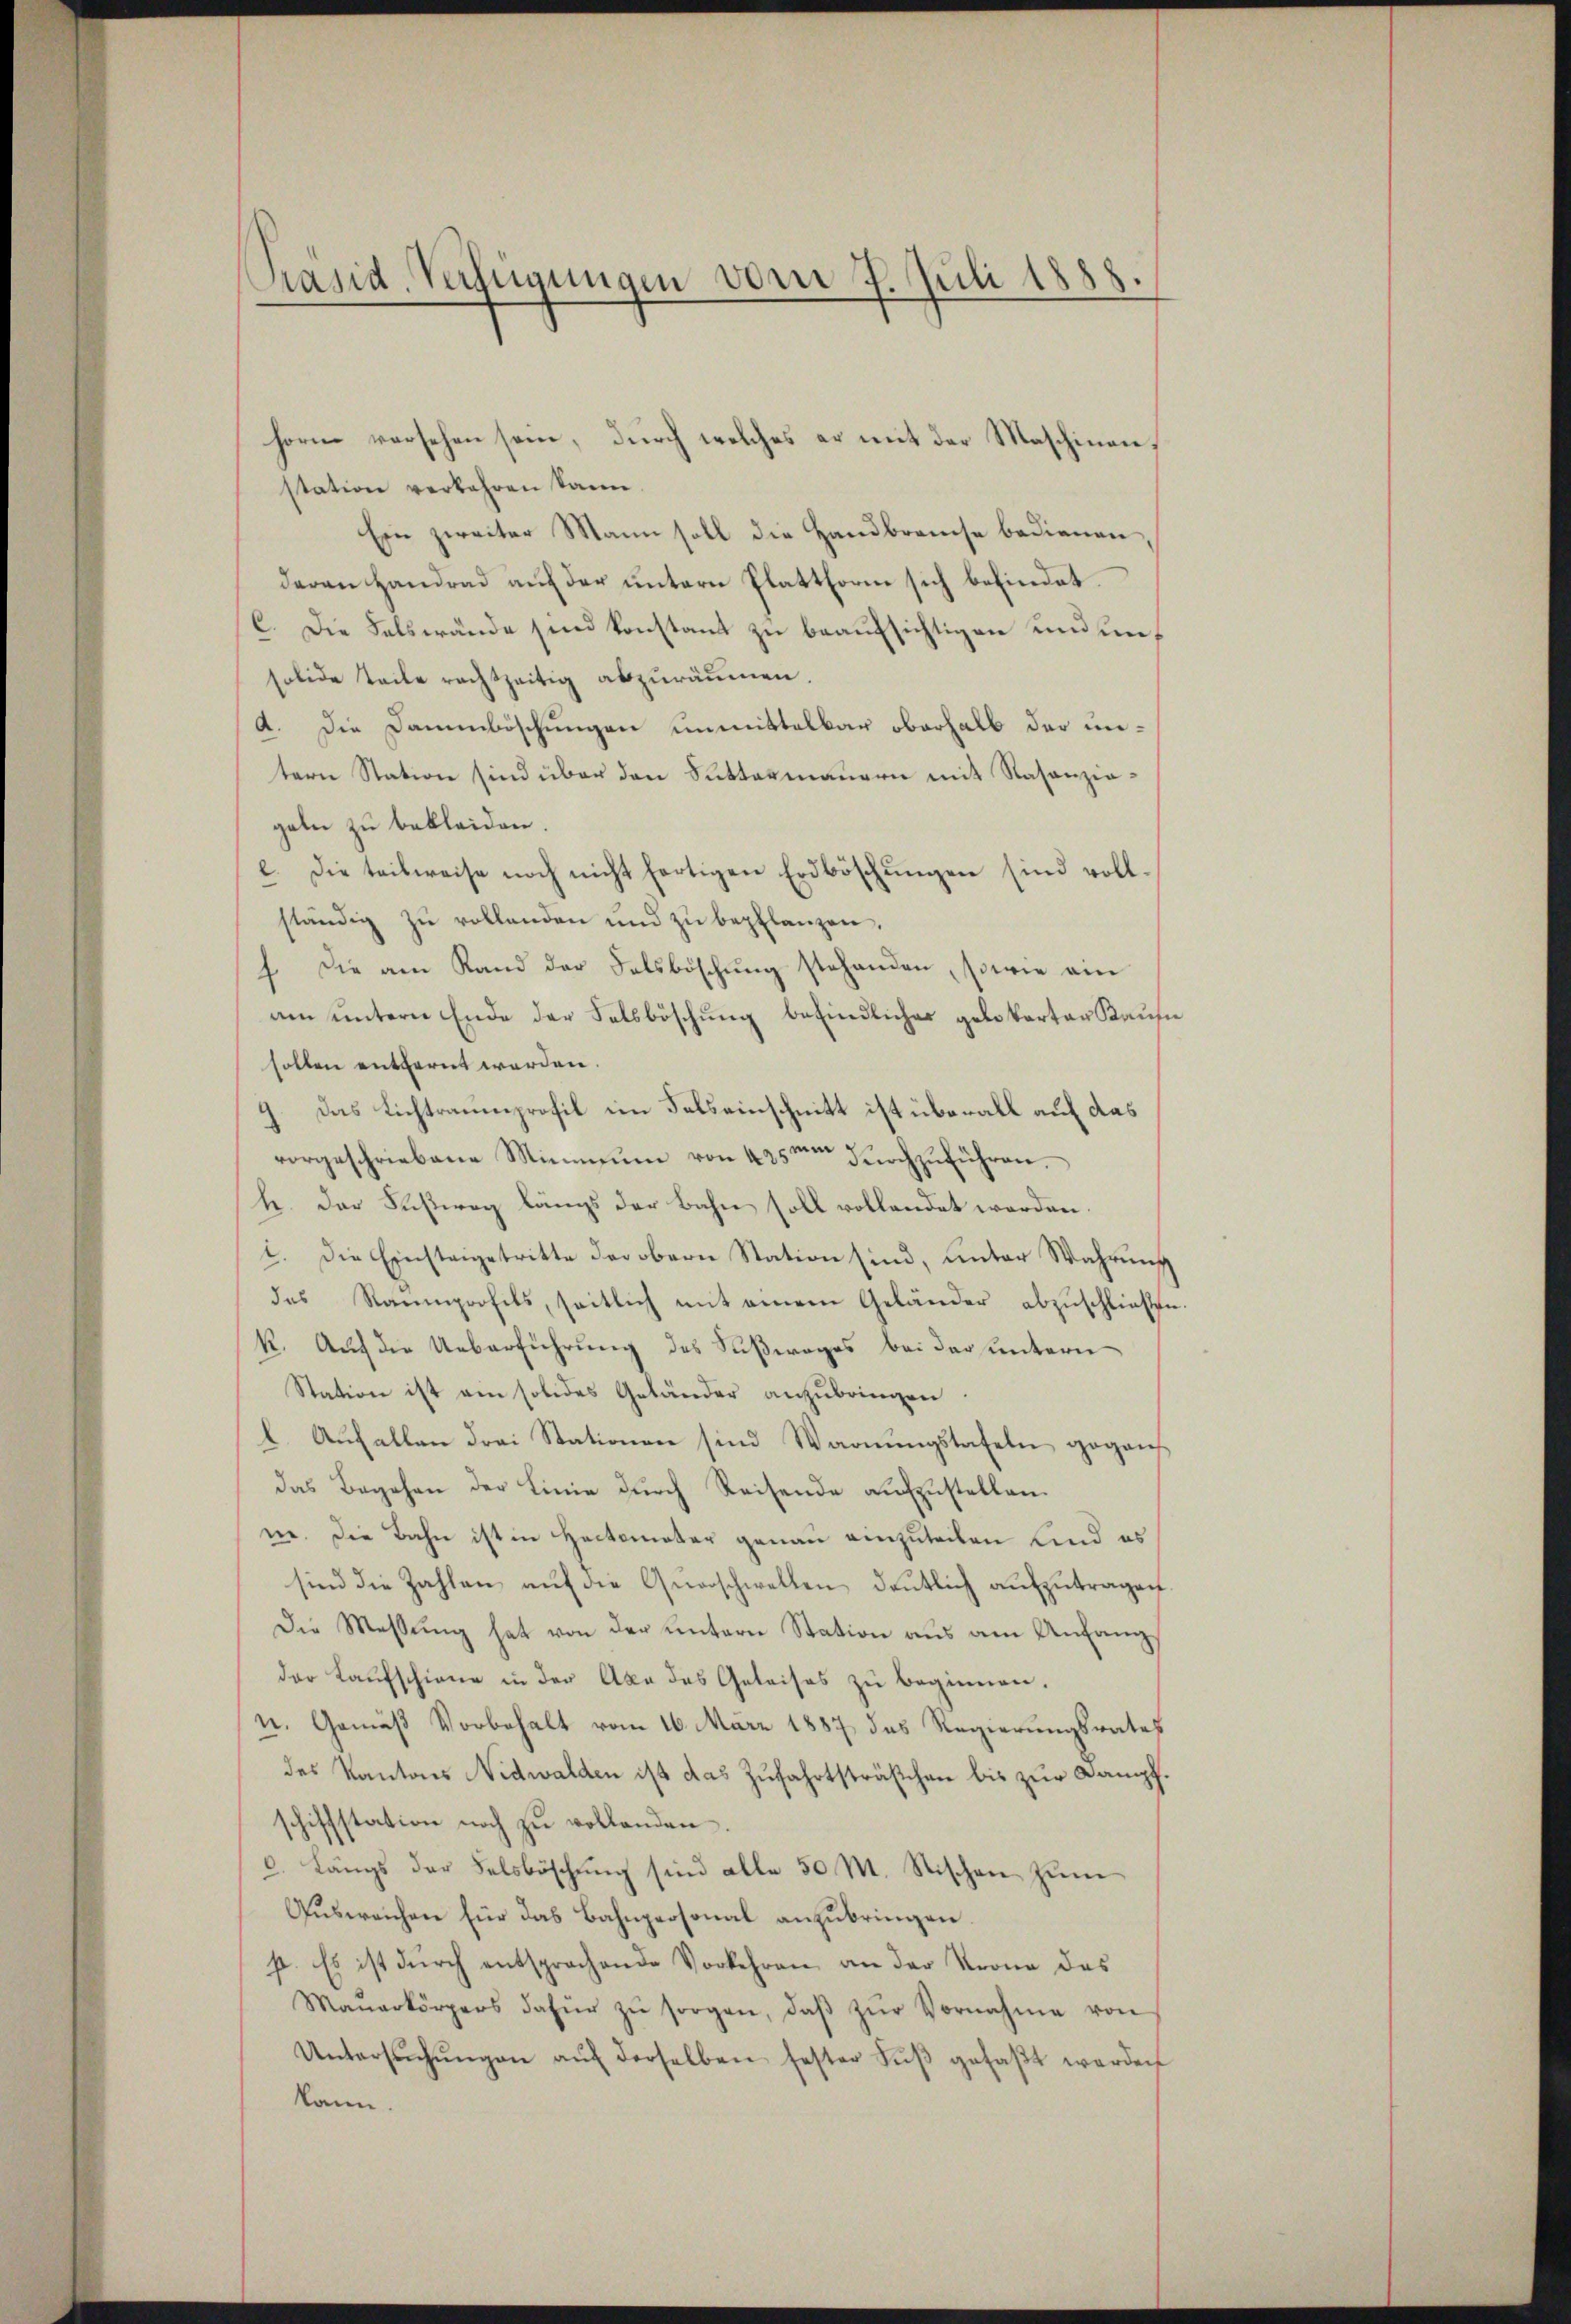
Sänd. Verfügungen vom 7. Juli 1888.

horn versehen sein, durch welches er mit der Maschinenstation verkehren kann.
Ein zweiter Mann soll die Handbranche bedienen,
deren Handrad auf der untern Platthorn sich befindet.
C. Die Felswände sind konstant zu beaufsichtigen und mesolide Teile rechtzeitig abzuräumen.
a. Die Dammböschungen unmittelbar oberhalb der untern Station sind über den Suttermauern mit Rasenziageln zu bekleiden
e. Die teilweise noch nicht fertigen Erdböschungen sind vollständig zŭ rollenden und zŭ bepflanzen.
 Die am Rand der Salsböschŭng stehenden, sowie am
am untern Ende der Felsböschung befindliches gelkarter Kaufe
sollen entfernt werden.
9. Das Lichtraumprofil im Felseinschnitt ist überall auf das
vorgeschriebene Minimum von 425m durchzuführen.
h. Der Fußweg längs der Bahn soll vollendet werden.
1. Die Einsteigetritte der obern Station sind, unter Wahrung
des Raumprofils, seitlich mit einem Geländer abzuschließe
k. Auf die Ueberführung des Sußweges bei der untern
Station ist am solides Geländer anzubringen
l. Aufallen Frei Stationen sind Warnungstafeln gegens
das Begehen der Linie durch Reisende aufzustellen.
ne. Die Bahn ist in Hactomater genau einzuteilen Kind es
sind die Zahlen aŭf die Qŭarschwellen deutlich aŭfzŭtragen.
Die Messung hat von der untern Station aus am Anfangder Laufschiene in der Axe des Geleises zu beginnen.
n. Gemäß Vorbehalt vom 16. März 1887 das Regierungsrates
des Kantons Nidwalden ist das Zufahrtsträßchen bis zur Dampf.
schiffstation noch zu vollenden
c. Längs der Felsböschŭng sind alle 50 M. Stischen zum
Ausweichen für das Bahnpersonal anzubringen.
p. Es ist durch entsprachende Vorkehren an der Krone des
Maŭerkörpers dafür zŭ sorgen, daβ zŭr Vornahme von
Untersŭchŭngen aŭf derselben fester Fŭβ gefaβt werden
kann.